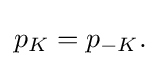
{\textstyle p_{K}=p_{-K}.}